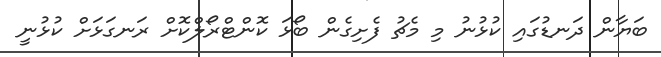
ބަޔާން ދަނޑުގައި ކުޅުނު މި މެޗު ފެށިގެން ބޯޅަ ކޮންޓްރޯލްކޮށް ރަނގަޅަށް ކުޅުނީ